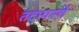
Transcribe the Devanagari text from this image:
तटावरचे